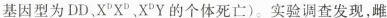
基因型为DD，X^{D}X^{D}，X^{D}Y的个体死亡)。实验调查发现，雌